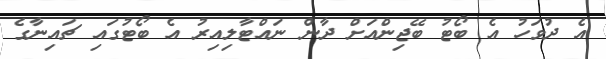
އެ ދުވަހު އެ ބޯޓު ބޭޖިންއަށް ދާން ނައްޓާލިއިރު އެ ބޯޓުގައި ޗައިނާގެ